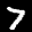
Label: 7